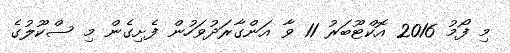
މި ފޯމު 2016 އޮކްޓޫބަރު 11 ވާ އަންގާރަދުވަހުން ފެށިގެން މި ސްކޫލުގެ